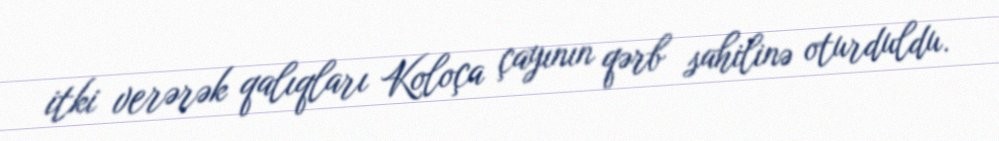
itki verərək qalıqları Koloça çayının qərb sahilinə oturduldu.